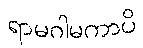
ရာမဂါမကာပိ